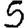
Digit: 5